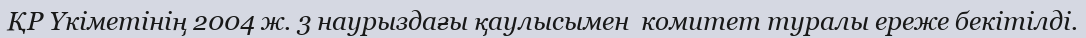
ҚР Үкіметінің 2004 ж. 3 наурыздағы қаулысымен  комитет туралы ереже бекітілді.